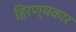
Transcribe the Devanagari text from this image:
हिरण्यकार